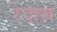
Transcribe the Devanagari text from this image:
रेदास